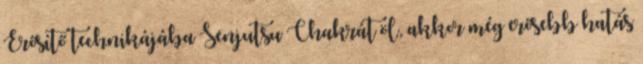
Erősítő technikájába Senjutsu Chakrát öl, akkor még erősebb hatás